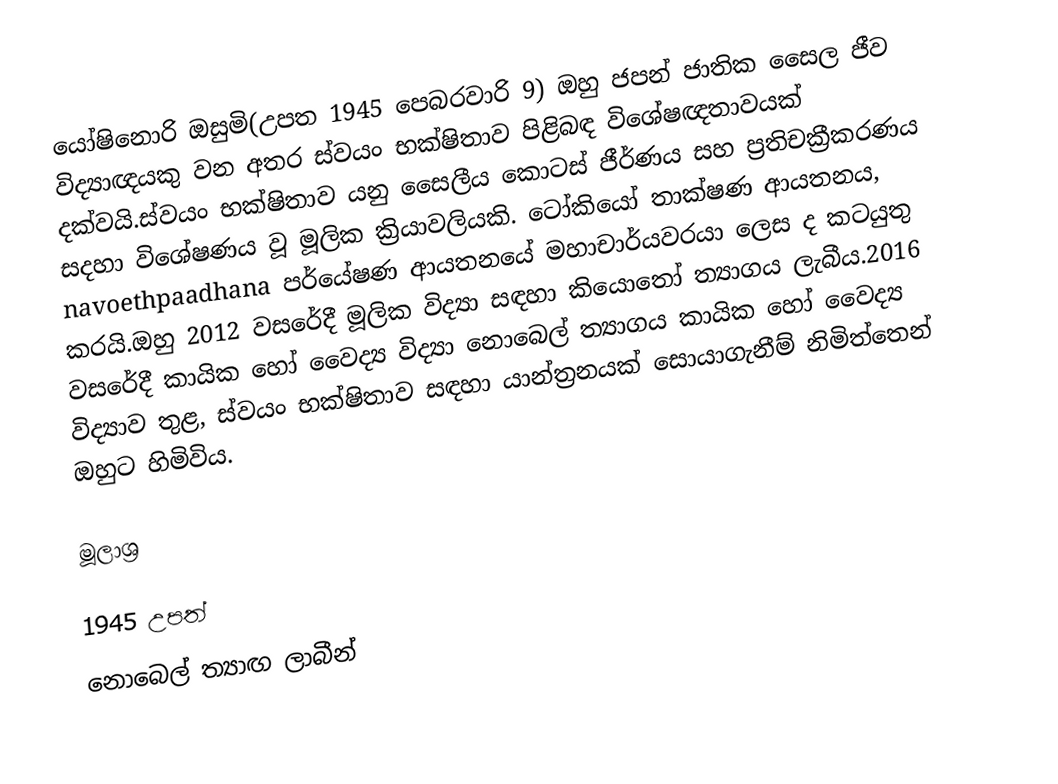
යෝෂිනොරි ඔසුමි(උපත 1945 පෙබරවාරි 9) ඔහු ජපන් ජාතික සෛල ජීව විද්‍යාඥයකු වන අතර ස්‌වයං භක්‌ෂිතාව පිළිබඳ විශේෂඥතාවයක් දක්වයි.ස්‌වයං භක්‌ෂිතාව යනු සෛලීය කොටස්‌ ජීර්ණය සහ ප්‍රතිචක්‍රීකරණය සදහා විශේෂණය වූ මූලික ක්‍රියාවලියකි. ටෝකියෝ තාක්ෂණ ආයතනය, navoethpaadhana පර්යේෂණ ආයතනයේ මහාචාර්යවරයා ලෙස ද කටයුතු කරයි.ඔහු 2012 වසරේදී මූලික විද්‍යා සඳහා කියොතෝ ත්‍යාගය ලැබීය.2016 වසරේදී කායික හෝ වෛද්‍ය විද්‍යා නොබෙල් ත්‍යාගය කායික හෝ වෛද්‍ය විද්‍යාව තුළ, ස්‌වයං භක්‌ෂිතාව සඳහා යාන්ත්‍රනයක් සොයාගැනීම් නිමිත්තෙන් ඔහුට හිමිවිය.

මූලාශ්‍ර

1945 උපත්
නොබෙල් ත්‍යාඟ ලාබීන්